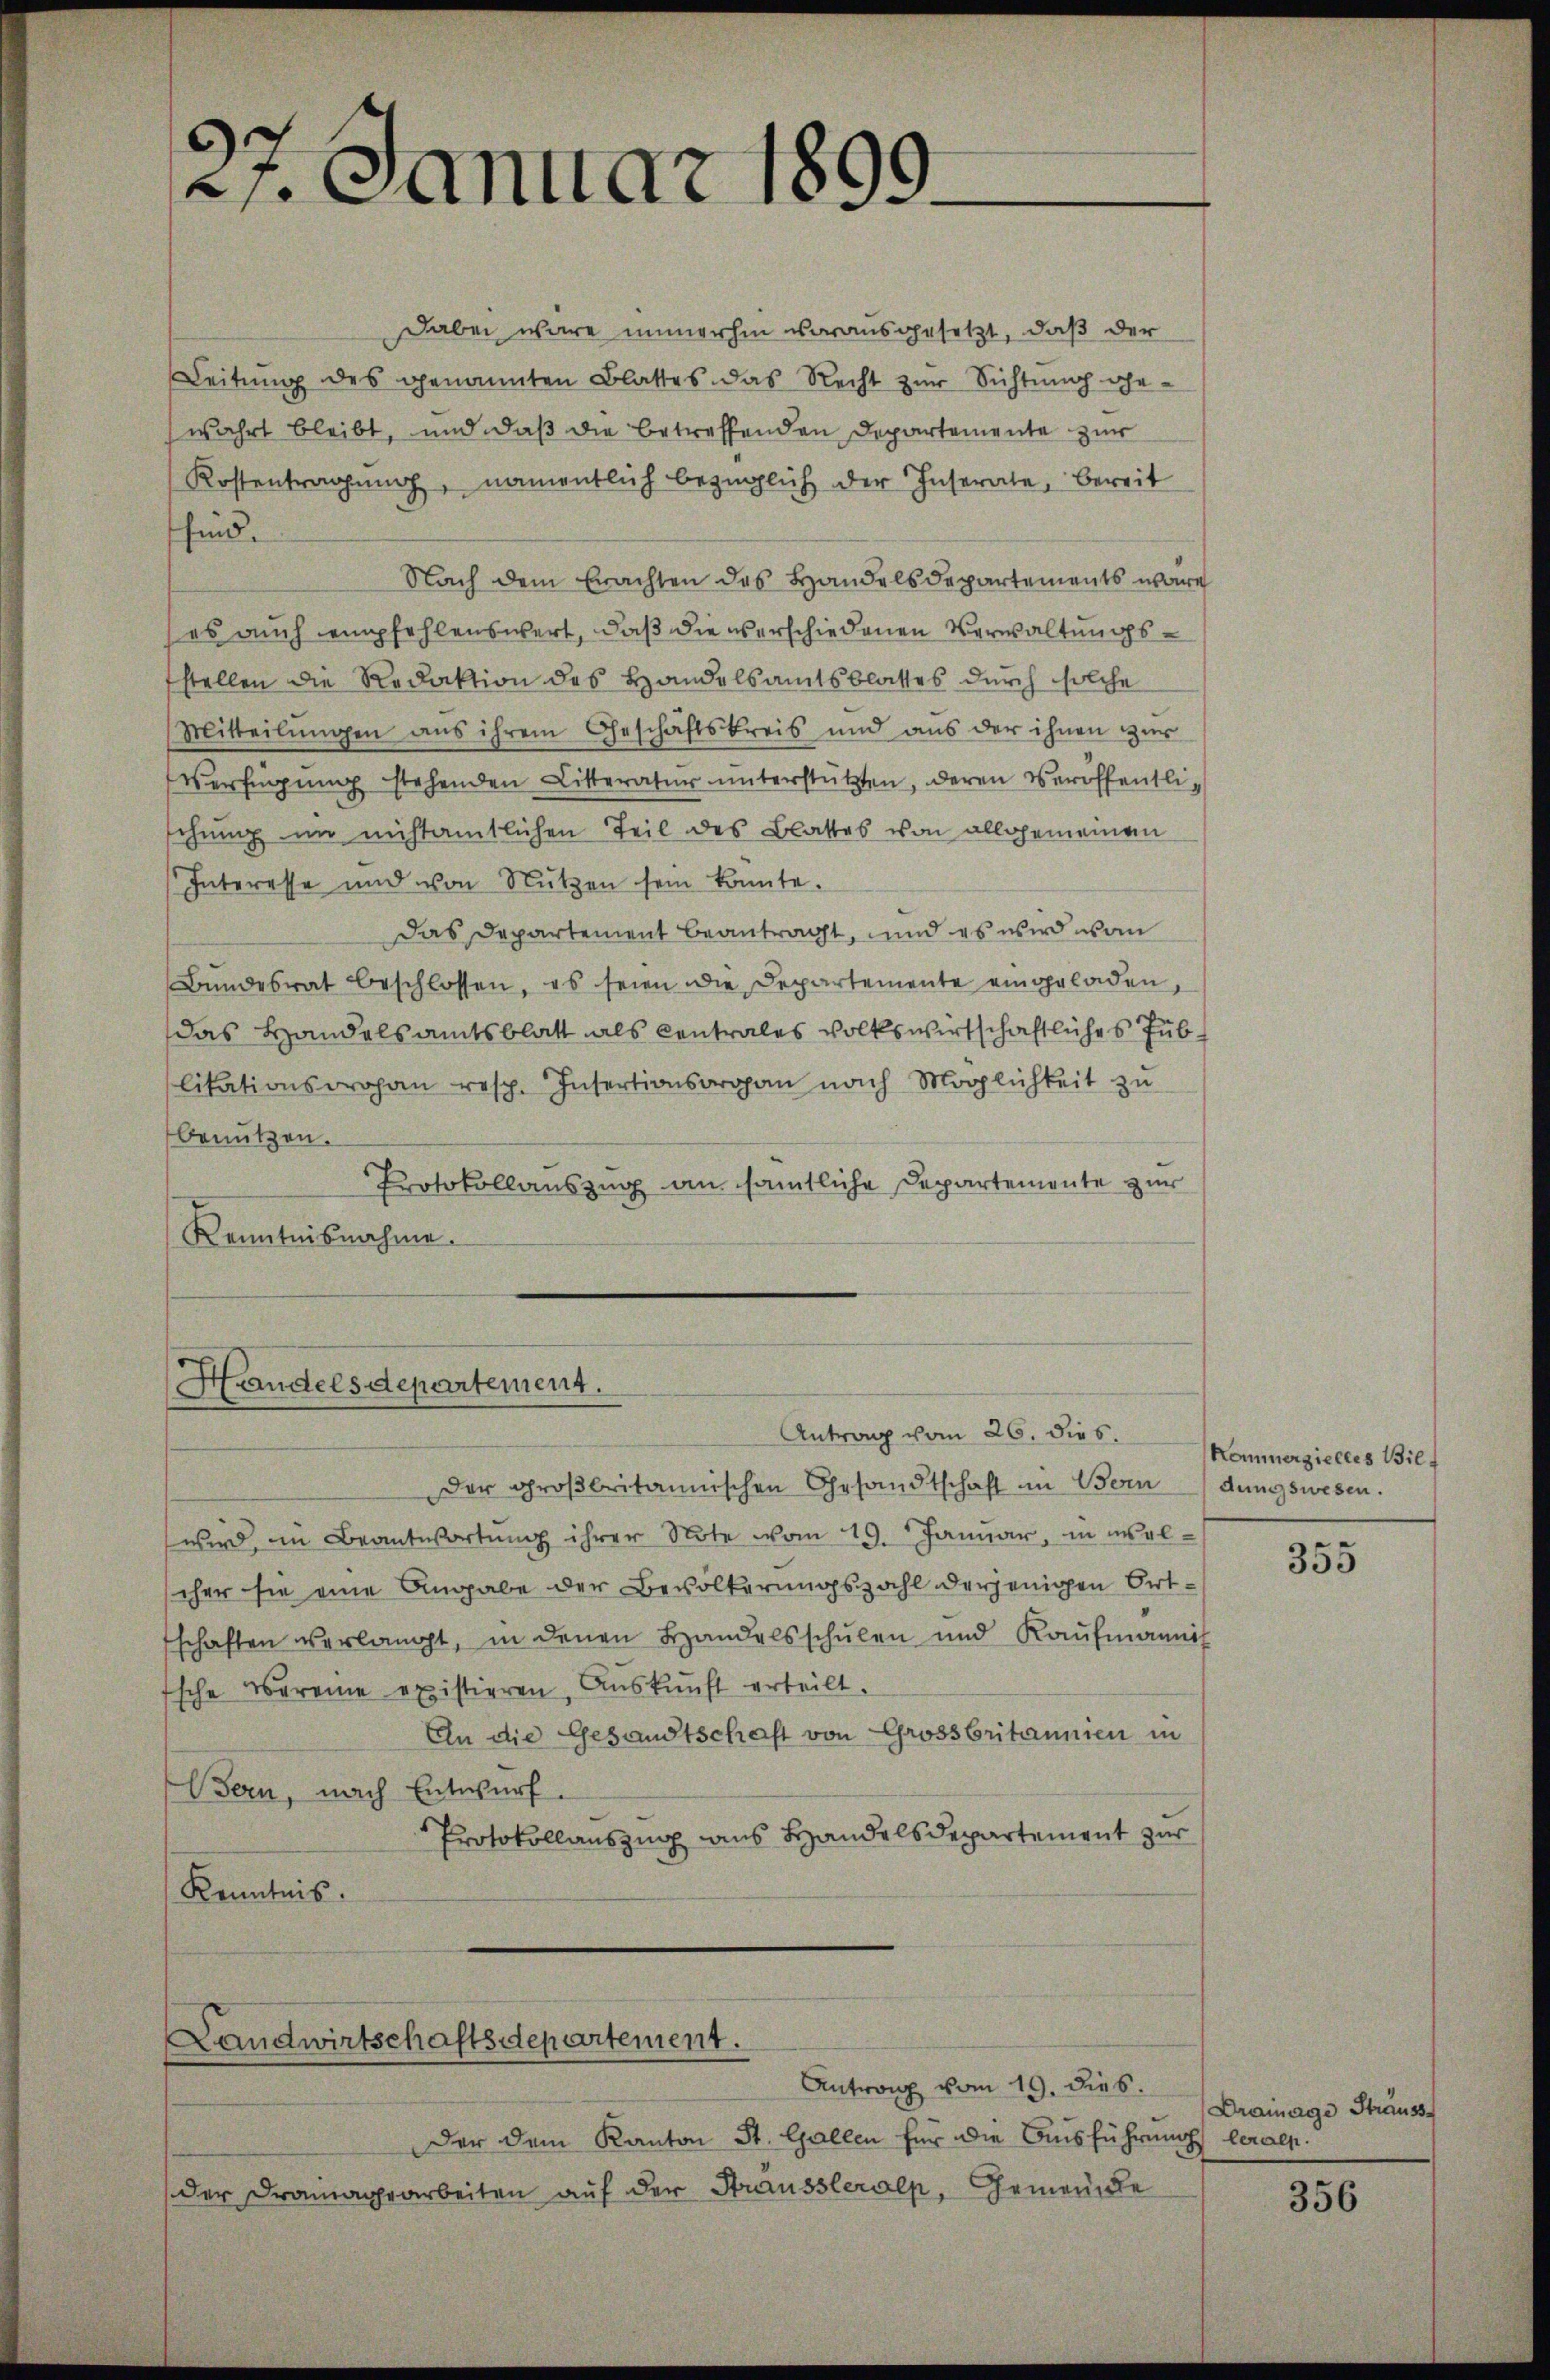
Dabei wäre immerhin vorausgesetzt, daß der
Leitung des genannten Blattes das Recht zur Sichtung ehewahrt bleibt, und daß die betreffenden Departemente zur
Kostentragŭng, namentlich bezüglich der Inserate, bereit
sind.
Nach dem Erachten des Handelsdepartements wäre
es auch empfehlenswert, daß die verschiedenen Verwaltungsstellen die Redaktion des Handelsamtsblattes durch solche
Mitteilungen aus ihrem Geschäftskreis und aus der ihnen zŭr
Verfügung stehenden Litteratur unterstützten, deren Veröffentlischung im nichtamtlichen Teil des Blattes von allgemeinen
Interesse und von Nutzen sein konnte.
Das Departement beantragt, und es wird von
Bundesrat beschlossen, es seien die Departemente eingeladen,
das Handelsamtsblatt als Centrales volkswirtschaftliches Publitationsrohan resp. Insertionsorgan nach Möglichkeit zu
benützen.
Protokollauszug an sämtliche Departemente zur
Kenntnisnahme.

21. Januar 1899.

Handelsdepartement.

Landwirtschaftsdepartement.

Antrag vom 26. dies.
Der groβbritannischen Gesandtschaft in Bern dungswesen.
wird, in Beantwortung ihrer Note vom 19. Januar, in welcher sie eine Angabe der Bevölkerungszahl derjenigen Ortschaften verlangt, in denen Handelsschulen und Kaŭfmannis
Esche Vereine existieren, Auskunft erteilt.
An die Gesandtschaft von Grossbritannien in
Bern, nach Entwurf.
Protokollauszug aus Handelsdepartement zur
Kenntnis.

Der dem Kanton St. Gallen für die Ausführ
der Dramagearbeiten auf der Strausstleralp, Gemeinde

Antrag vom 19. dies.

Kommerzielles Bilz

355

Drainage Sträuss
un leralp.

356